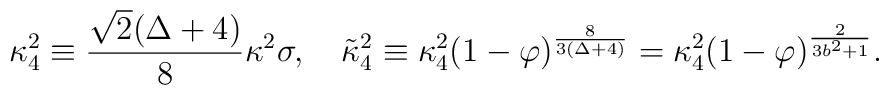
\kappa_4^2 \equiv \frac{\sqrt{2}(\Delta +4)}{8}\kappa^2 \sigma,\quad \tilde{\kappa}_4^2 \equiv \kappa_4^2(1-\varphi)^{\frac{8}{3(\Delta+4)}}=\kappa_4^2 (1-\varphi)^{\frac{2}{3 b^2+1}}.